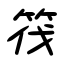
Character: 筏